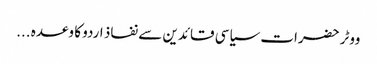
ووٹر حضرات سیاسی قائدین سے نفاذ اردو کا وعدہ ...